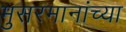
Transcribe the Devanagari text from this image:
मुसरमानांच्या